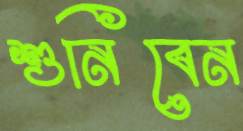
শুনিবেন